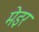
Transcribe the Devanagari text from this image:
मेइर